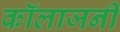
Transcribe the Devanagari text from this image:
कॉलाजनी